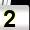
Digit: 2